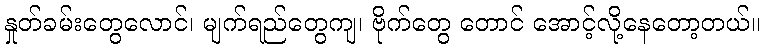
နှုတ်ခမ်းတွေလောင်၊ မျက်ရည်တွေကျ၊ ဗိုက်တွေ တောင် အောင့်လို့နေတော့တယ်။